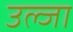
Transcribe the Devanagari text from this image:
उल्जा